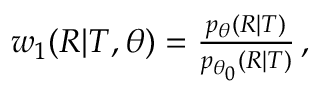
\begin{array} { r } { w _ { 1 } ( R | T , \theta ) = \frac { p _ { \theta } ( R | T ) } { p _ { \theta _ { 0 } } ( R | T ) } \, , } \end{array}